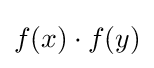
f(x)\cdot f(y)